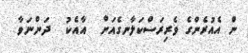
ން އެއުރެންގެ ވެރިރަސްކަލާނގެއަށް  އާއެކު  ދަންނަވާ